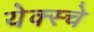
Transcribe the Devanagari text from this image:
येक्स्चे